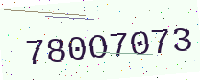
Text: 780O7073